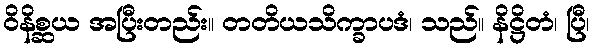
ဝိနိစ္ဆယ အပြီးတည်း။ တတိယသိက္ခာပဒံ၊ သည်။ နိဋ္ဌိတံ၊ ပြီ၊